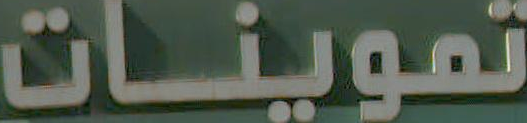
تموينات